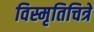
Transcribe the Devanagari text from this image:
विस्मृतिचित्रे